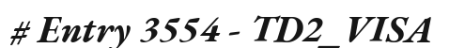
# Entry 3554 - TD2_VISA